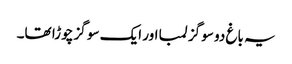
یہ باغ دو سو گز لمبا اور ایک سو گز چوڑا تھا۔